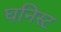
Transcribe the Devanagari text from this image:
घनिस्ट